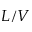
L / V